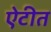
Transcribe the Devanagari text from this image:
ऐटीत